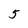
Character: 5